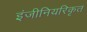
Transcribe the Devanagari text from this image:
इंजीनियरिकृत